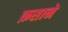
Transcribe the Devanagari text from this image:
फ़साने